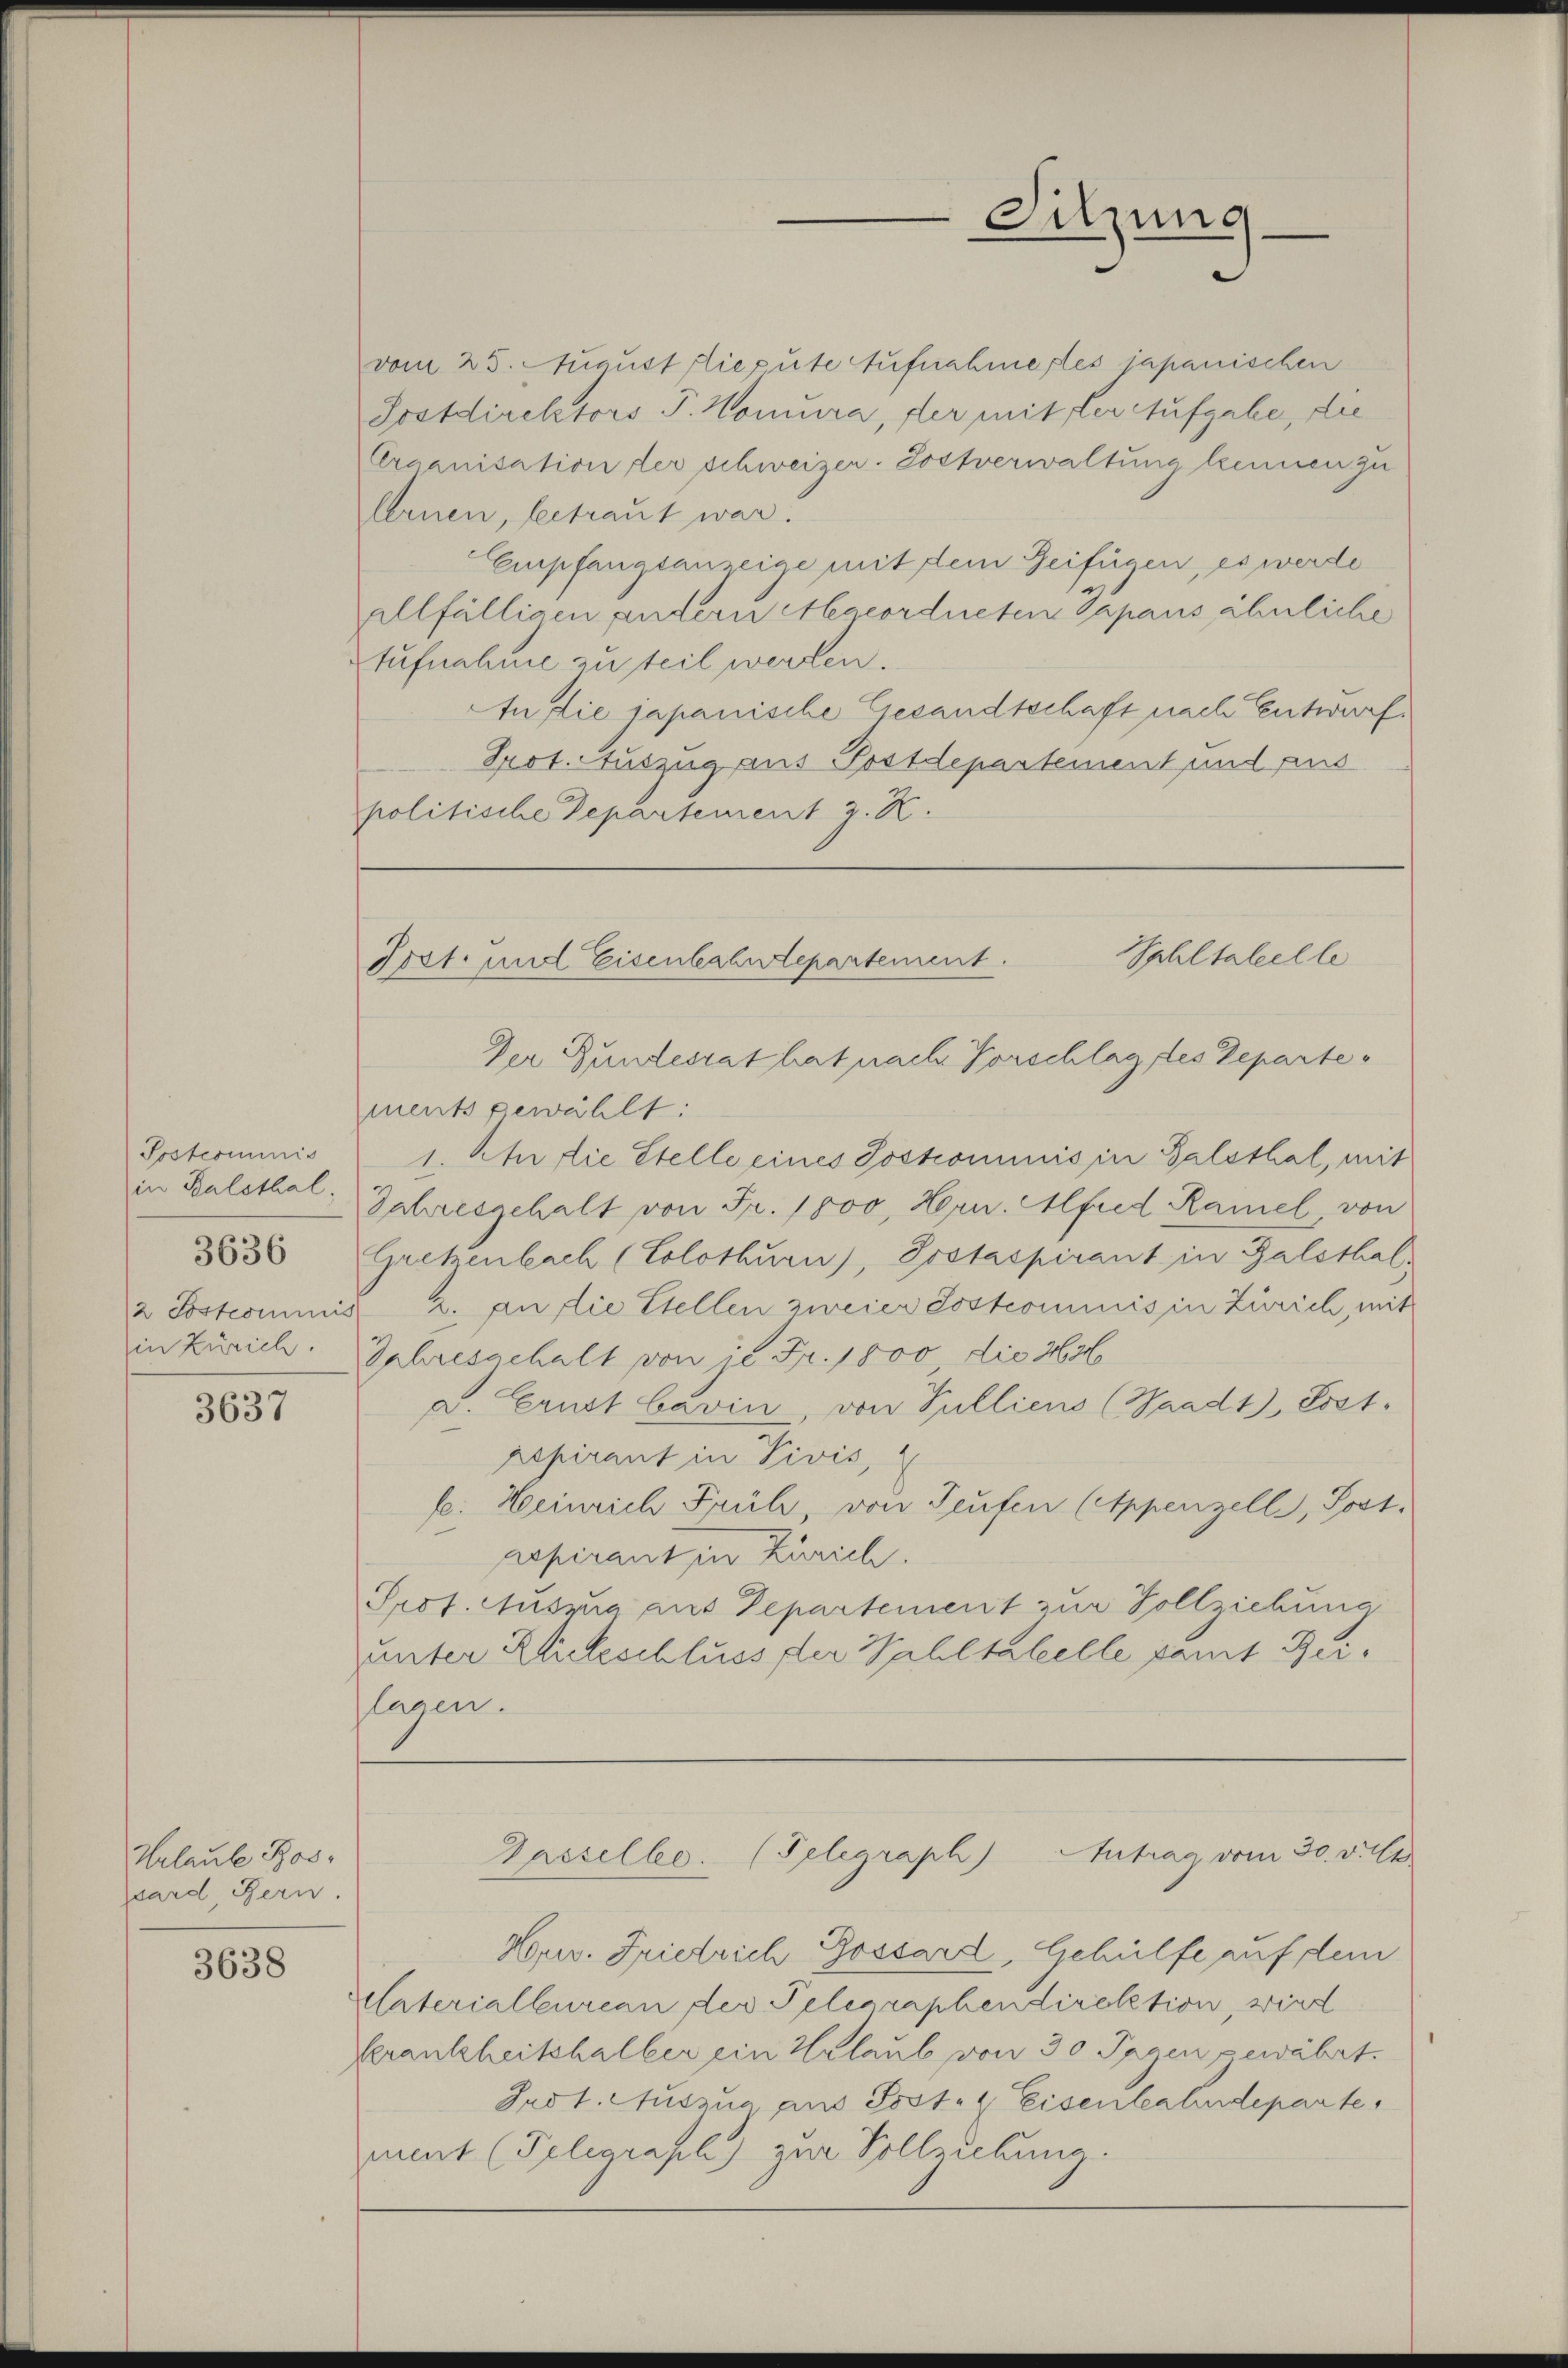
Postcommis
in Balsthal
2 Postcommis
in Zürich.

3636

3637

Urlaube Bos
psard Bern.

3638

vom 25. August die gute Aufnahmestes japanischen
Sostdirektors P. Wonura, der mit der Aufgabe, die
Organisation der schweizer. Postverwaltung keinen zu
lernen, betraut war.
Empfangsanzeige mit dem Zeifügen, es werde
allfälligen andern Abgeordneten Japans ähnliche
Aufnahme zu teil werden.
An die japanische Gesandtschaft nach Entwurf
Prot. Auszug aus Postdepartement und aus
politische Departement z. R.

Sitzung

Sphltabelle
Prst. und Eisenbahntepartement.
Der Bundesrat hat nach Vorschlag des Departe¬

Gasselbe. (Telegraph) Antrag vom 30. v. Ch

ments gewählt:
1. An die Stelle eines Joskommnis in Balsthal, mit
Jahresgehalt von Fr. 1800 Hrn. Alfred Ramel, von
Gretenbach (Solothurn), Postaspirant in Balsthal
2. an die Stellen zweier Postcommis in Zürich, mit
Jahresgehalt von je Fr. 1800 die Ha
a. Ernst bavin, von Pulliens (Waadt Post.
repirant in Pivis,
fe: Heinrich Früh, von Teufen (Appenzelle, Sost.
repirant in Zürich.
Prof. Ausrua aus Departement zur Vollziehung
unter Blickschluss der Wahltabelle samt Beilagen.

Hr. Friedrich Gossard, Gehülfe auf dem
Ulaterialbureau der Telegraphendirektion, wird
Verankheitshalber ein Urlaub von 30 Tagen gewährt.
Indt. Auszug aus Post- & Eisenbahndeparte
ment (Telegrasl) zur Vollendung.